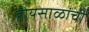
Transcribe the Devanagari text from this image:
होयसाळांची